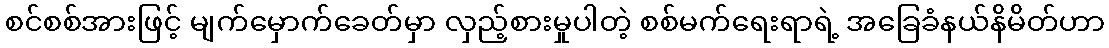
စင်စစ်အားဖြင့် မျက်မှောက်ခေတ်မှာ လှည့်စားမှုပါတဲ့ စစ်မက်ရေးရာရဲ့ အခြေခံနယ်နိမိတ်ဟာ